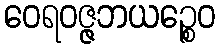
ဝေရဝဇ္ဇဘယဉ္စေဝ